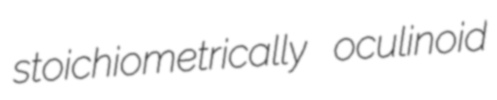
stoichiometrically oculinoid